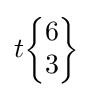
t{\begin{Bmatrix}6\\3\end{Bmatrix}}